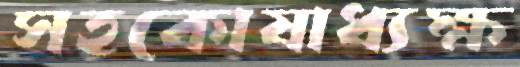
সহকোষাধ্যক্ষ